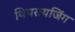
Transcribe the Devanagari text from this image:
थियरायजिंग